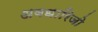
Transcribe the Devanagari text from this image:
अवधारिजो